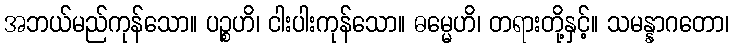
အဘယ်မည်ကုန်သော။ ပဉ္စဟိ၊ ငါးပါးကုန်သော။ ဓမ္မေဟိ၊ တရားတို့နှင့်။ သမန္နာဂတော၊